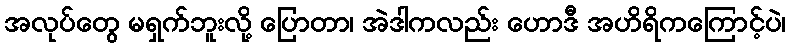
အလုပ်တွေ မရှက်ဘူးလို့ ပြောတာ၊ အဲဒါကလည်း ဟောဒီ အဟိရိကကြောင့်ပဲ၊